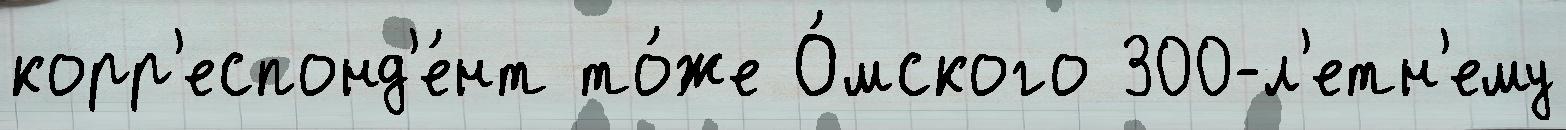
корр'еспонд'е́нт то́же О́мского 300-л'етн'ему